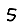
Digit: 5